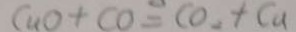
C u O + C O = C O _ { 2 } + C u